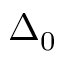
\Delta _ { 0 }